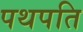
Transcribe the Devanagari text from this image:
पथपति